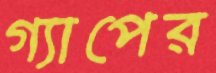
গ্যাপের